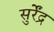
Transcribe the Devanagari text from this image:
सुर्रेंद्र